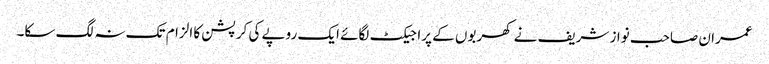
عمران صاحب نواز شریف نے کھربوں کے پراجیکٹ لگائے ایک روپے کی کرپشن کا الزام تک نہ لگ سکا۔